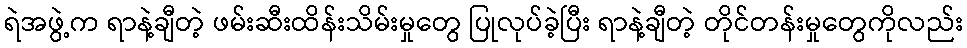
ရဲအဖွဲ့က ရာနဲ့ချီတဲ့ ဖမ်းဆီးထိန်းသိမ်းမှုတွေ ပြုလုပ်ခဲ့ပြီး ရာနဲ့ချီတဲ့ တိုင်တန်းမှုတွေကိုလည်း